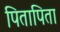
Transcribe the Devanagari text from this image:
पितापिता